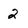
Character: 2